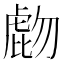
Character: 𧇂